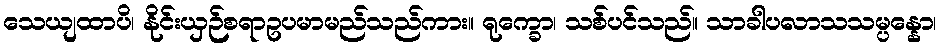
သေယျထာပိ၊ နိုင်းယှဉ်စရာဥပမာမည်သည်ကား။ ရုက္ခော၊ သစ်ပင်သည်။ သာခါပလာသသမ္ပန္နော၊